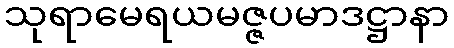
သုရာမေရယမဇ္ဇပမာဒဋ္ဌာနာ